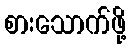
စားသောက်ဖို့